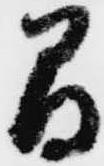
間